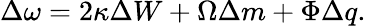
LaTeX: \Delta\omega=2\kappa\Delta W+\Omega\Delta m+\Phi\Delta q.